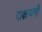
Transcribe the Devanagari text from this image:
दाक्षायनी